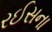
રઈસના